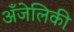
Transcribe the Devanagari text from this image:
अँजेलिकी